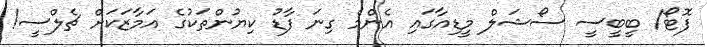
ފޮޓޯ/ ބީބީސީ ސޯޝަލް މީޑިއާގައި އެންމެ ގިނަ ފާޑު ކިޔުންތަކުގެ އަމާޒަކަށް ޗެލްސީ!